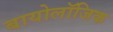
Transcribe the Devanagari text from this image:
बायोलॉजिक